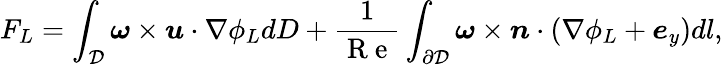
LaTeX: F_{L}=\int_{\mathcal{D}}\boldsymbol{\omega}\times\boldsymbol{u}\cdot\nabla\phi_{L}dD+\frac{1}{\mathrm{~R~e~}}\int_{\partial\mathcal{D}}\boldsymbol{\omega}\times\boldsymbol{n}\cdot(\nabla\phi_{L}+\boldsymbol{e}_{y})dl,